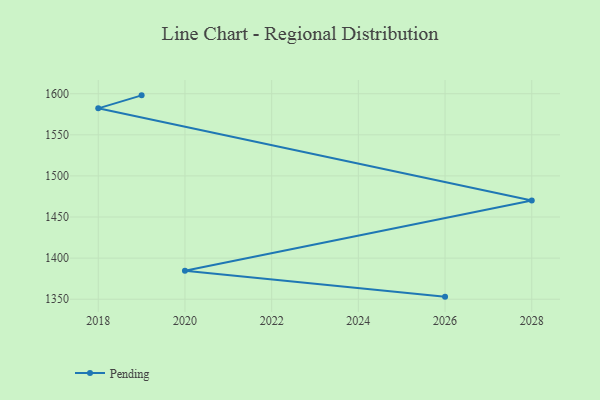
{"axis": {"x": "Year", "y": "Churn Rate (%)"}, "legend": ["Pending"], "data": [{"x": "2019", "y": 1598.0, "type": "Pending"}, {"x": "2018", "y": 1582.2, "type": "Pending"}, {"x": "2028", "y": 1470.0, "type": "Pending"}, {"x": "2020", "y": 1384.7, "type": "Pending"}, {"x": "2026", "y": 1353.1, "type": "Pending"}]}